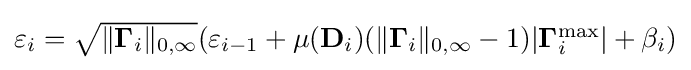
{\textstyle \varepsilon _{i}={\sqrt {\|\mathbf {\Gamma } _{i}\|_{0,\infty }}}(\varepsilon _{i-1}+\mu (\mathbf {D} _{i})(\|\mathbf {\Gamma } _{i}\|_{0,\infty }-1)|\mathbf {\Gamma } _{i}^{\max }|+\beta _{i})}